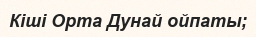
Кіші Орта Дунай ойпаты;